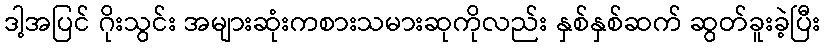
ဒါ့အပြင် ဂိုးသွင်း အများဆုံးကစားသမားဆုကိုလည်း နှစ်နှစ်ဆက် ဆွတ်ခူးခဲ့ပြီး